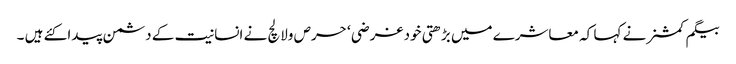
بیگم کمشنر نے کہا کہ معاشرے میں بڑھتی خود غرضی ‘ حرص ولالچ نے انسانیت کے دشمن پیدا کئے ہیں ۔